Report on vaccination in Madras 1895-1903 - 1895-1903
Year: 1895
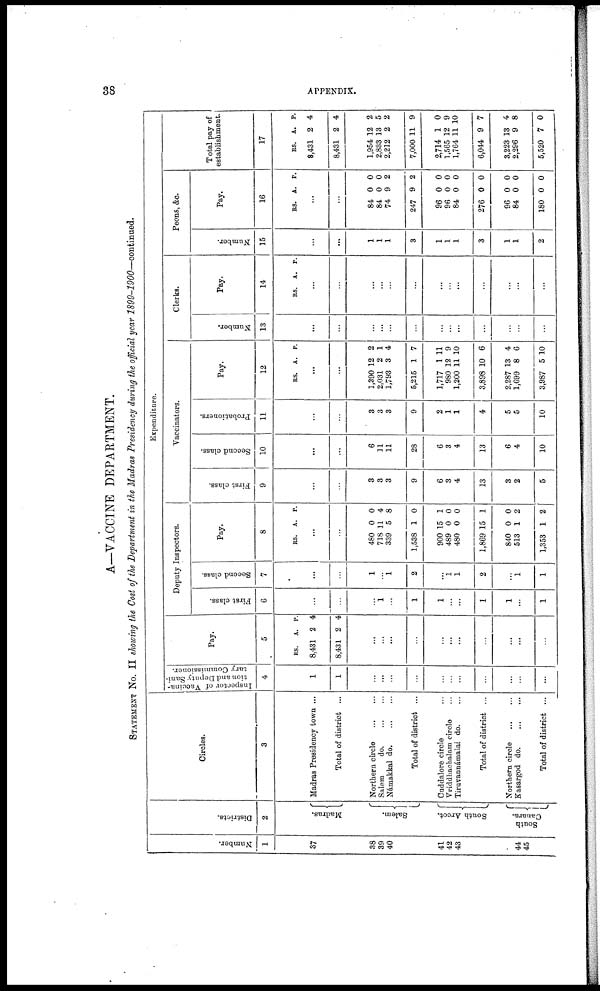
38
APPENDIX.
A—VACCINE DEPARTMENT.
STATEMENT No. II showing the Cost of the Department in the Madras Presidency during the official year 1899-1900—continued.
Number.
1
37
38
39
40
41
42
43
44
45
Districts.
2
Madras.
Salem.
South Arcot.
South
Canara.
Circles.
3
Madras Presidency town ...
Total of district ...
Northern circle
...
...
Salem
do. ... ...
Námakkal d
o
. ... ...
Total of district ...
Cuddalore circle ...
Vriddhachalam circle ...
Tiravannámalai do. ...
Total of district ...
Northern circle
...
...
Kasargod d
o
. ... ...
Total of district ...
Expenditure.
Inspector of Vaccina¬
tion and Deputy Sani-
tary Commissioner.
4
1
1
...
...
...
...
...
...
...
...
...
...
...
Pay.
5
RS.
8,431
8,431
A.
2
2
P.
4
4
...
...
...
...
...
...
...
...
...
...
...
Deputy Inspectors.
First class.
6
...
...
...
1
...
1
1
...
...
1
1
...
1
Second class.
7
...
...
1
...
1
2
...
1
1
2
...
1
1
Pay.
8
RS. A. P.
...
...
480
718
339
1,538
900
489
480
1,869
840
513
1,353
0
11
5
1
15
0
0
15
0
1
1
0
4
8
0
1
0
0
1
0
2
2
Vaccinators.
First class.
9
...
...
3
3
3
9
6
3
4
13
3
2
5
Second class.
10
...
...
6
11
11
28
6
3
4
13
6
4
10
Probationers.
11
...
...
3
3
3
9
2
1
1
4
5
5
10
Pay.
12
RS. A. P.
...
...
1,390
2,031
1,793
5,215
1,717
980
1,200
3,898
2,287
1,699
3,987
12
2
3
1
1
12
11
10
13
8
5
2
1
4
7
11
9
10
6
4
6
10
Clerks.
Number.
13
...
...
...
...
...
...
...
...
...
...
...
...
...
Pay.
14
RS. A. P.
...
...
...
...
...
...
...
...
...
...
...
...
...
Peons, &c.
Number.
15
...
...
1
1
1
3
1
1
1
3
1
1
2
Pay.
16
RS. A. P.
...
...
84
84
74
247
96
96
84
276
96
84
180
0
0
9
9
0
0
0
0
0
0
0
0
0
2
2
0
0
0
0
0
0
0
Total pay of
establishment.
17
RS.
8,431
8,431
1,954
2,833
2,212
7,000
2,714
1,565
1,764
6,044
3,223
2,296
5,520
A.
2
2
12
13
2
11
1
12
11
9
13
9
7
P.
4
4
2
5
2
9
0
9
10
7
4
8
0